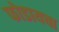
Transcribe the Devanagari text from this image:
फोडायचा